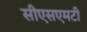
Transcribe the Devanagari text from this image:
सीएसएमटी